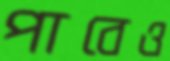
পাবেও